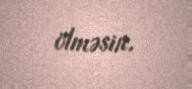
ölməsin.